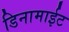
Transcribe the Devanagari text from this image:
डिनामाईट